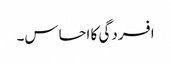
افسردگی کا احساس۔